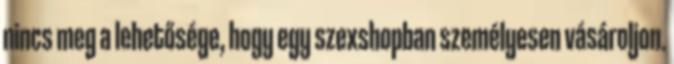
nincs meg a lehetősége, hogy egy szexshopban személyesen vásároljon.